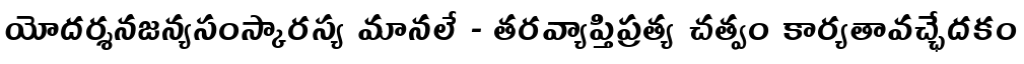
యోదర్శనజన్యసంస్కారస్య మానలే - తరవ్యాప్తిప్రత్య చత్వం కార్యతావచ్ఛేదకం